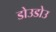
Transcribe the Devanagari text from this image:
डोउडोउ